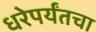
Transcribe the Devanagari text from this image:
धरेपर्यंतचा